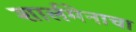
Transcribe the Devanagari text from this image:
शार्लमेनाचा